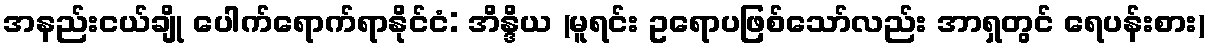
အနည်းငယ်ချို ပေါက်ရောက်ရာနိုင်ငံ: အိန္ဒိယ (မူရင်း ဥရောပဖြစ်သော်လည်း အာရှတွင် ရေပန်းစား)